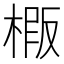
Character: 𭫍